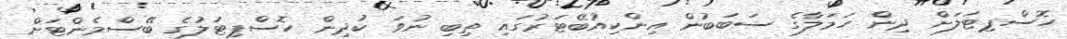
ހޮސްޕިޓަލަށް ދިން ހަމަލާގެ ސަބަބުން އިންކިއުބޭޓަރުގައި ތިބި ނުވަ ކުދިން ހޮސްޕިޓަލުގެ ބޭސްމެންޓަށް